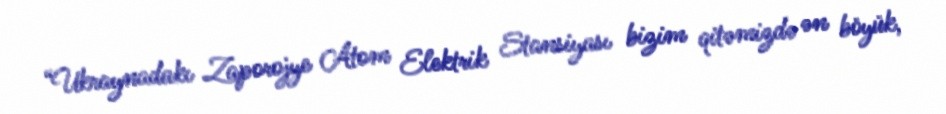
“Ukraynadakı Zaporojye Atom Elektrik Stansiyası bizim qitəmizdə ən böyük,